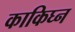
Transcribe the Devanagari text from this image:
काकिघ्न